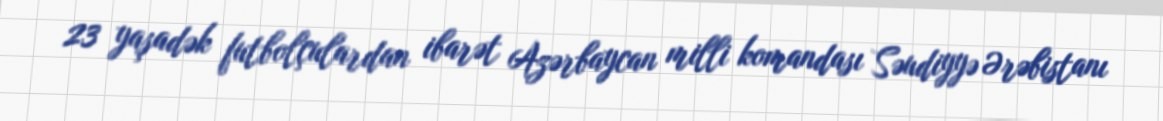
23 yaşadək futbolçulardan ibarət Azərbaycan milli komandası Səudiyyə Ərəbistanı